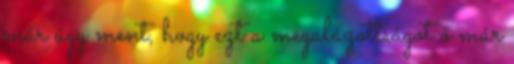
már úgy ment, hogy ezt a megalázottságot ő már